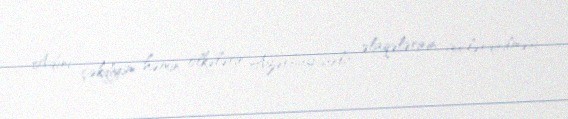
Adını çəkdiyim həmin ölkələrin Azərbaycanla əlaqələrinin gücləndirilməsi